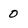
Character: 0